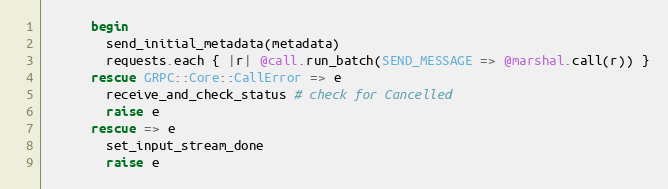
Language: Ruby
      begin
        send_initial_metadata(metadata)
        requests.each { |r| @call.run_batch(SEND_MESSAGE => @marshal.call(r)) }
      rescue GRPC::Core::CallError => e
        receive_and_check_status # check for Cancelled
        raise e
      rescue => e
        set_input_stream_done
        raise e